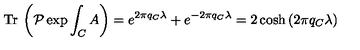
{ \mathrm { T r } } \: \left( \mathcal { P } \exp { \int _ { C } A } \right) = e ^ { 2 \pi q _ { C } \lambda } + e ^ { - 2 \pi q _ { C } \lambda } = 2 \cosh { ( 2 \pi q _ { C } \lambda ) }